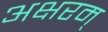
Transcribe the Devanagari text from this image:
अक्षरम्